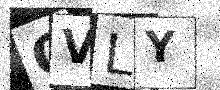
Text: QVLY